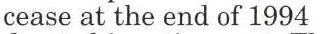
cease at the end of 1994.